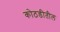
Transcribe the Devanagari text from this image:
कोठडीतील